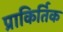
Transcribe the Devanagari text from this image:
प्राकिर्तिक